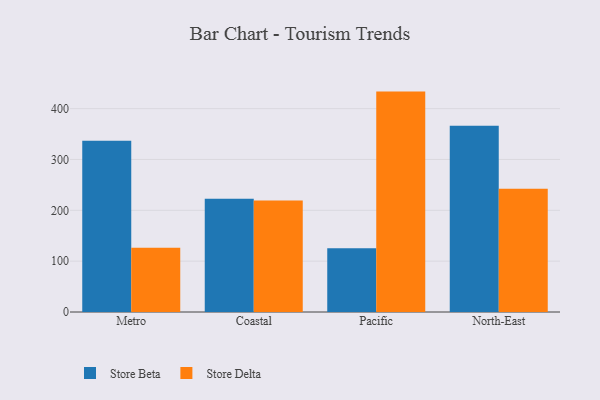
{"axis": {"x": "Region", "y": "Budget (USD K)"}, "legend": ["Store Beta", "Store Delta"], "data": [{"x": "Metro", "y": 336.9, "type": "Store Beta"}, {"x": "Metro", "y": 126.4, "type": "Store Delta"}, {"x": "Coastal", "y": 222.7, "type": "Store Beta"}, {"x": "Coastal", "y": 219.3, "type": "Store Delta"}, {"x": "Pacific", "y": 125.3, "type": "Store Beta"}, {"x": "Pacific", "y": 433.5, "type": "Store Delta"}, {"x": "North-East", "y": 366.3, "type": "Store Beta"}, {"x": "North-East", "y": 242.2, "type": "Store Delta"}]}